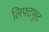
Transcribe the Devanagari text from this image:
लिफ्टफूट